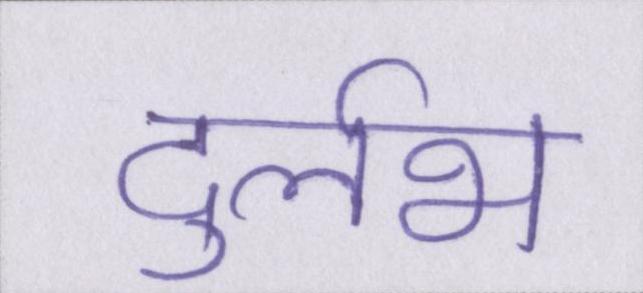
दुर्लभ